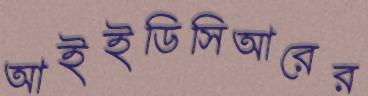
আইইডিসিআরের